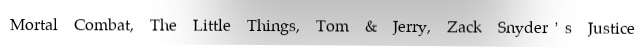
Mortal Combat, The Little Things, Tom & Jerry, Zack Snyder’s Justice